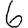
Digit: 6